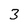
Character: 3